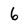
Character: 6